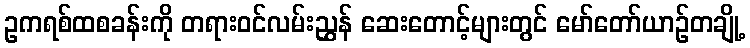
ဥကရစ်ထစခန်းကို တရားဝင်လမ်းညွှန် ဆေးတောင့်များတွင် မော်တော်ယာဉ်တချို့